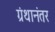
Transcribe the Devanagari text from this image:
ग्रंथानंतर